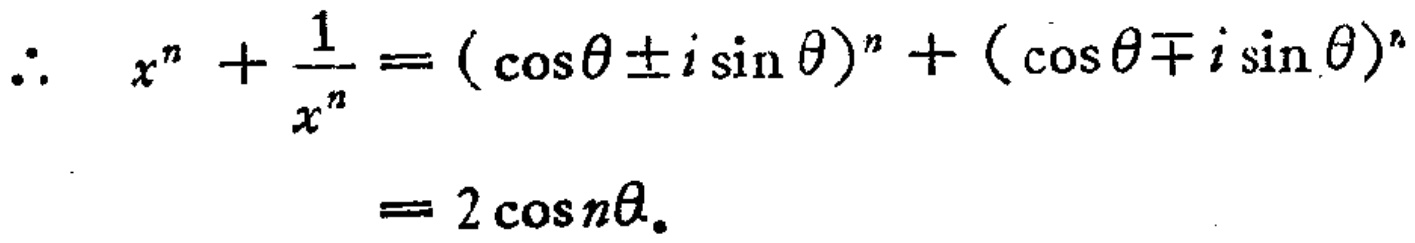
\(\therefore x^{n}+\frac{1}{x^{n}}=(\cos\theta\pm i\sin\theta)^{n}+(\cos\theta\mp i\sin\theta)^{n}=2\cos n\theta\)